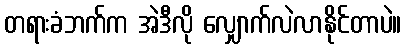
တရားခံဘက်က အဲဒီလို လျှောက်လဲလာနိုင်တာပဲ။